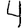
Digit: 4